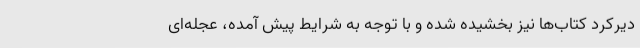
دیرکرد کتاب‌ها نیز بخشیده شده و با توجه به شرایط پیش‌ آمده، عجله‌ای